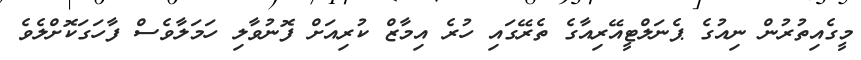
މީގެއިތުރުން ނިއުގެ ޕެނަލްޓީއޭރިއާގެ ތެރޭގައި ހުރެ އިމާޒް ކުރިއަށް ފޮނުވާލި ހަމަލާވެސް ފާހަގަކޮށްލެވެ